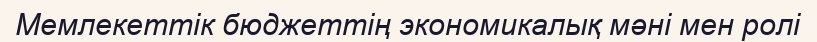
Мемлекеттік бюджеттің экономикалық мәні мен ролі